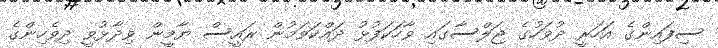
ސިފައިންގެ އަހަރީ ދުވަހުގެ ޖަލްސާގައި ވާހަކަފުޅު ދައްކަވަމުން ރައީސް ޔާމީން ވިދާޅުވީ ދިވެހިންގެ